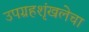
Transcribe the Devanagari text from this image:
उपग्रहशृंखलेचा